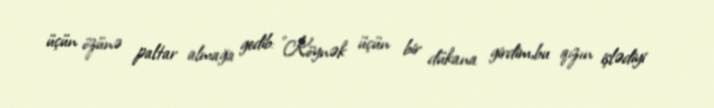
üçün özünə paltar almağa gedib: "Köynək üçün bir dükana girdim,bu qızın işlədiyi